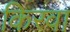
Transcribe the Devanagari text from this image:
किरवा